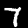
Label: 7